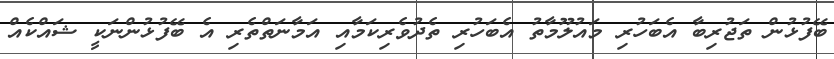
ބޭފުޅުން ތަޖުރިބާ އެބަހުރި މައުލޫމާތު އެބަހުރި ތެދުވެރިކަމާއި އަމާނަތްތެރި އެ ބޭފުޅުންނަކީ ޝައްކެއް